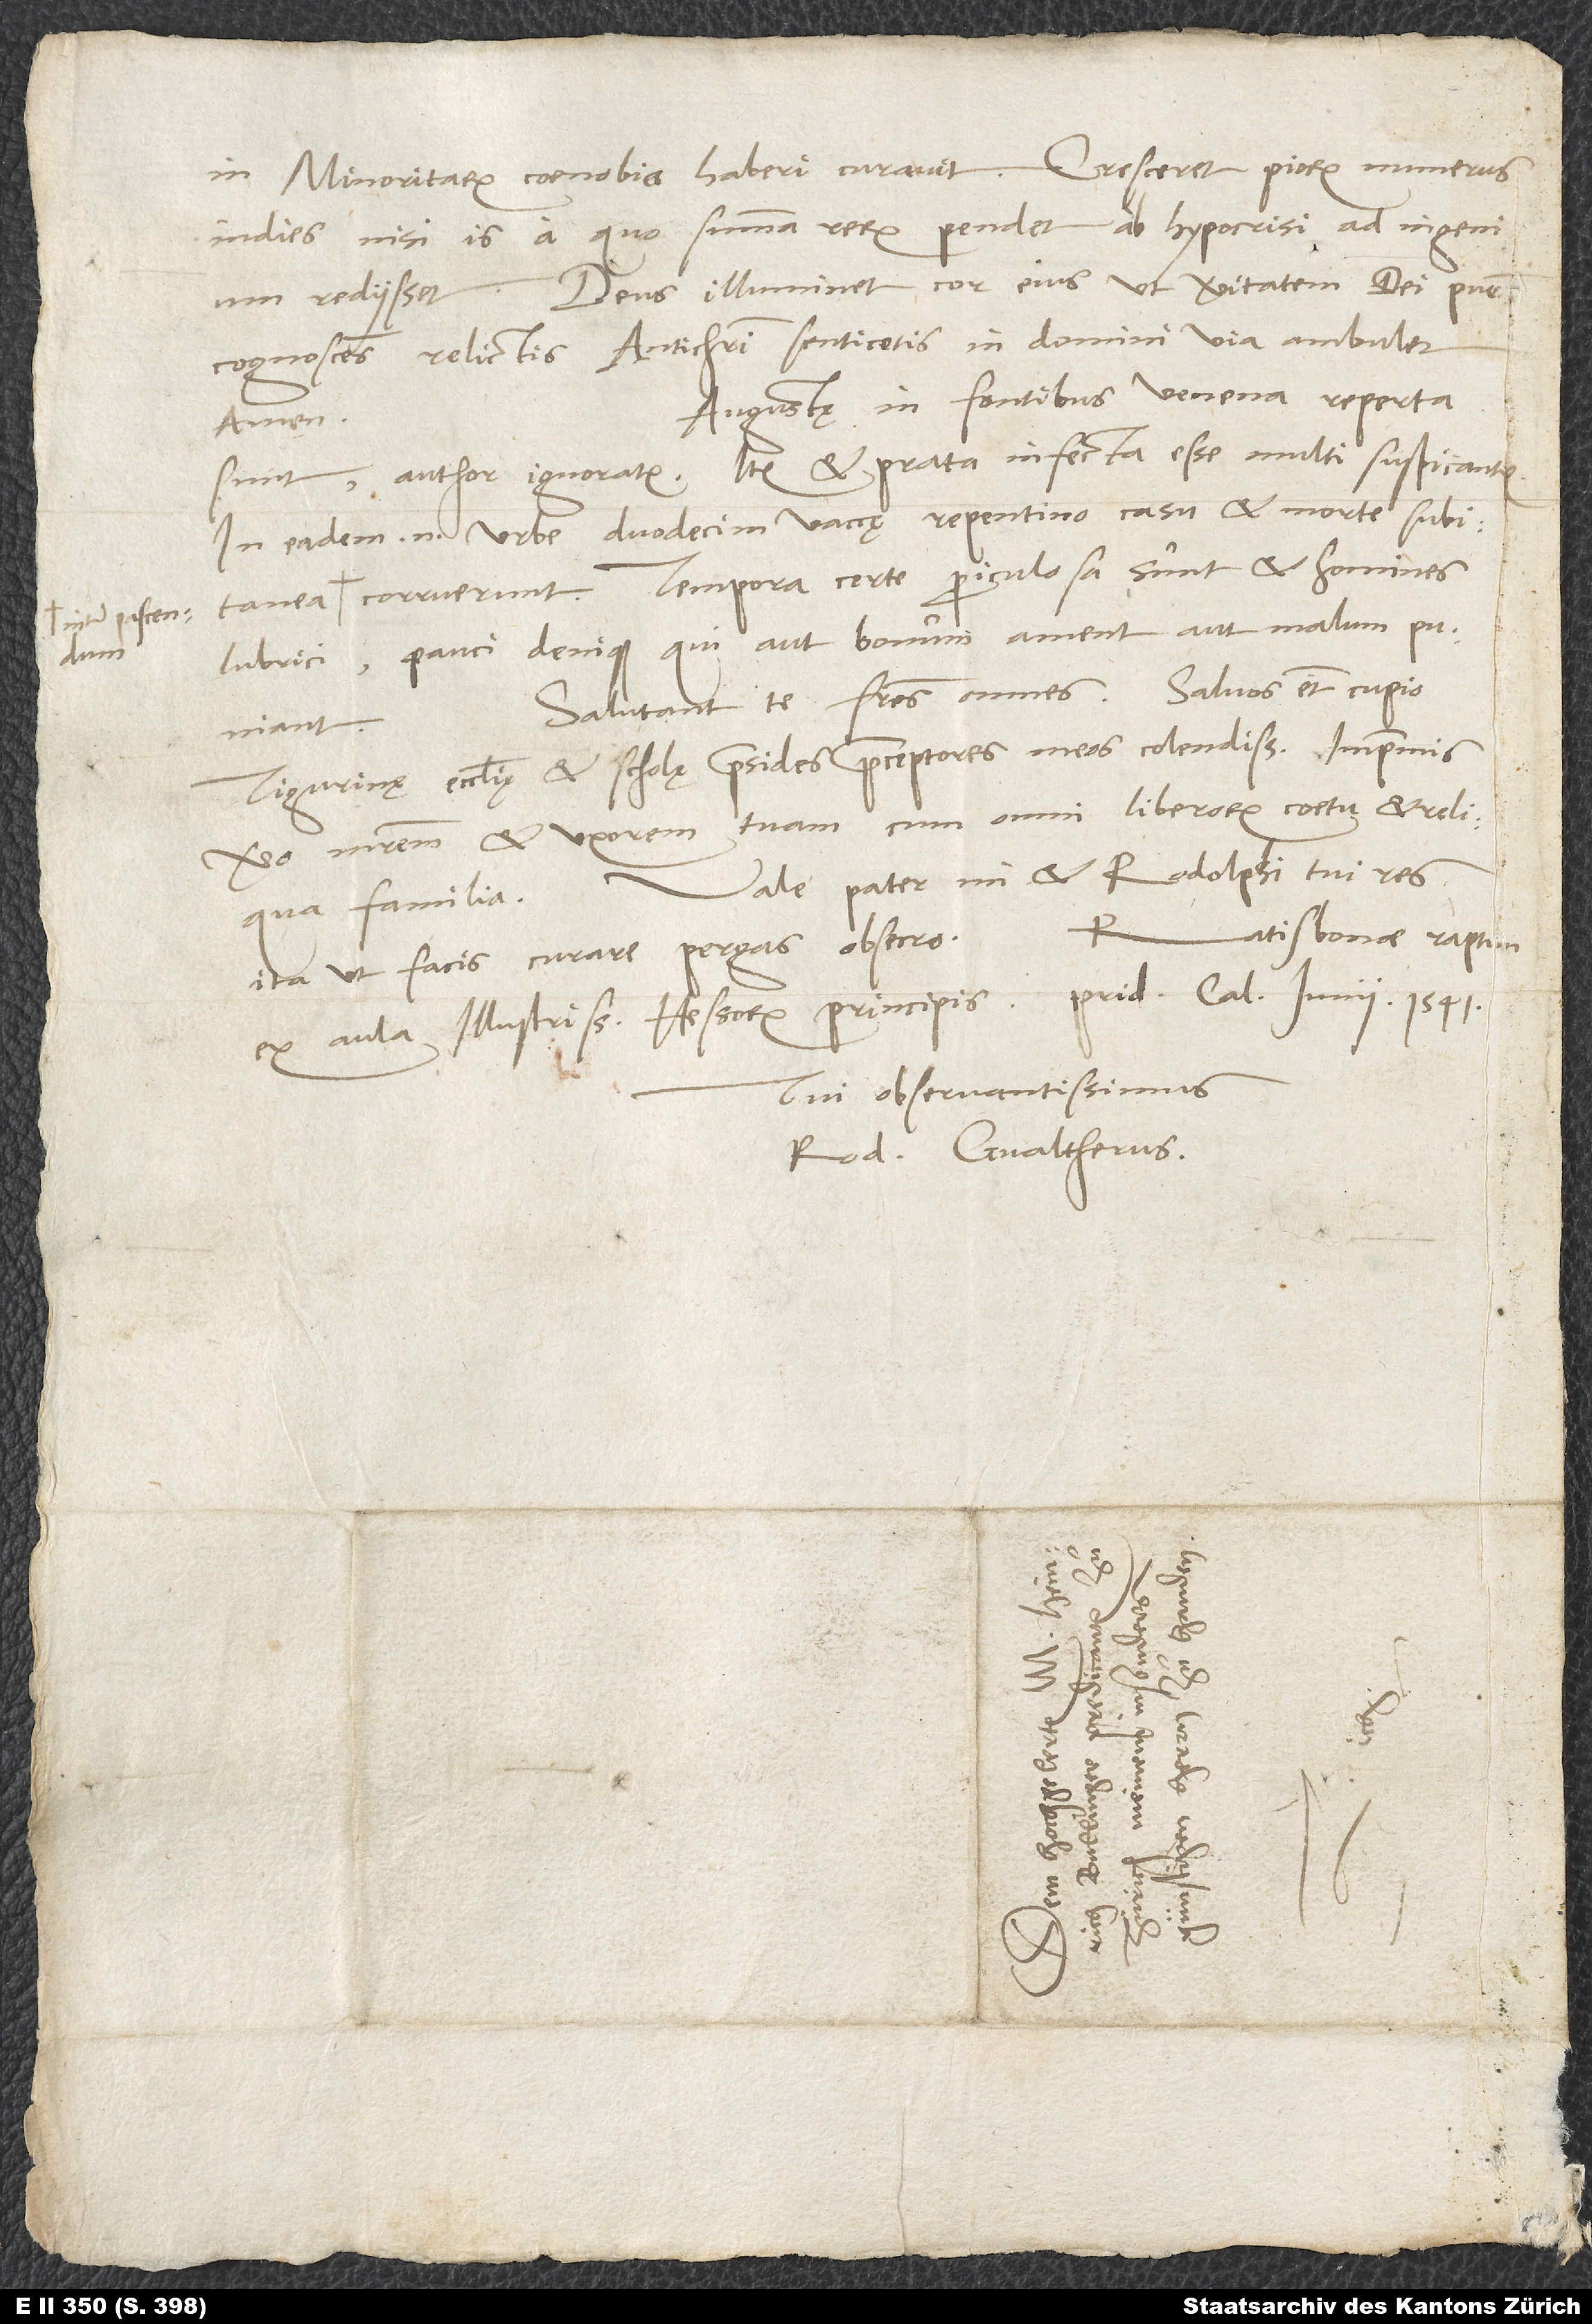
inter pascendum

in minoritarum coenobio haberi curavit. Cresceret piorum numerus
indies, nisi is, a quo summa rerum pendet, ab hypocrisi ad ingenium
rediisset. Deus illuminet cor eius, ut veritatem dei pur
cognoscens relictis antichristi senticetis in domini via ambulet.
Augustę in fontibus venena reperta
Amen.
sunt, author ignoratur. Item et prata infecta esse multi suspicant.
In eadem enim urbe duodecim vaccę repentino casu et morte subitanea
corruerunt. Tempora certe periculosa sunt et homines
lubrici, pauci denique, qui aut bonum ament aut malum puniant.
Salutant te fratres omnes. Salvos etiam cupio
Tigurinę ecclesię et scholę praesides, praeceptores meos colendissimos, imprimis
vero matrem et uxorem tuam cum omni liberorum coetu et reliqua
Vale, pater mi, et Rodolphi tui res
Ratisbonae, raptim,
ita, ut facis, curare pergas, obsecro.
ex aula illustrissimi Hessorum principis, pridie calendas iunii 1541.
Tui observantissimus
Rod. Gvaltherus.